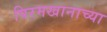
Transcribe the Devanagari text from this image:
पिरमखानाच्या